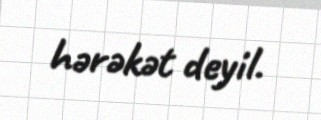
hərəkət deyil.